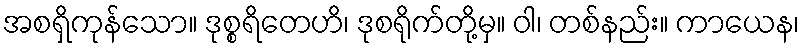
အစရှိကုန်သော။ ဒုစ္စရိတေဟိ၊ ဒုစရိုက်တို့မှ။ ဝါ၊ တစ်နည်း။ ကာယေန၊